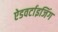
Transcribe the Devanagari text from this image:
ऐडवर्टाइजिंग